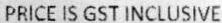
PRICE IS GST INCLUSIVE